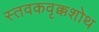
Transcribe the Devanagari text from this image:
स्तवकवृक्कशोथ